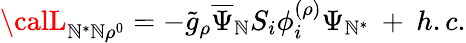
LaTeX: {\calL}_{\mathbb{N}^{*}\mathbb{N}\rho^{0}}=-{\tilde{{g}}}_{\rho}\overline{{{{\Psi}}}}_{\mathbb{N}}S_{i}\phi_{i}^{(\rho)}\Psi_{\mathbb{N}^{*}}\: +\: h.c.